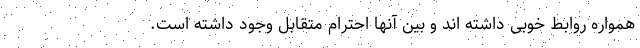
همواره روابط خوبی داشته اند و بین آنها احترام متقابل وجود داشته است.